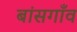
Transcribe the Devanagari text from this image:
बांसगाँव